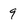
Character: 9